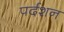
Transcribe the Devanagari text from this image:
पर्दशन